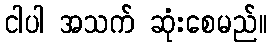
ငါပါ အသက် ဆုံးစေမည်။